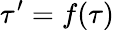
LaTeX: \tau^{\prime}=f(\tau)